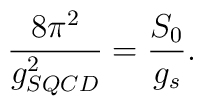
\frac{8 \pi^2}{g_{SQCD}^2} = \frac{S_0}{g_s}.